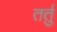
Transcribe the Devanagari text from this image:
तर्तु